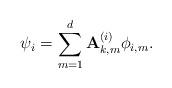
LaTeX: \begin{align*} \psi_i = \sum_{m=1}^d \mathbf{A}_{k,m}^{(i)} \phi_{i,m}.\end{align*}